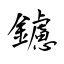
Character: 鑢